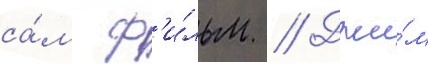
са́м ф'и́льм // Джи́м